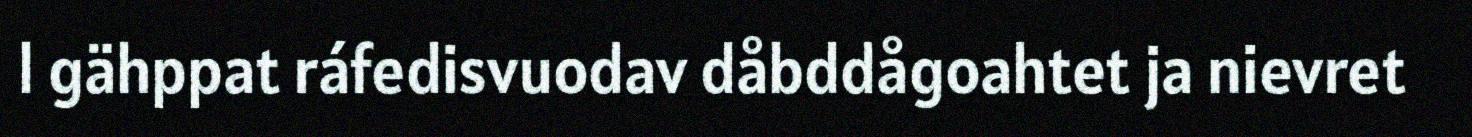
l gähppat ráfedisvuodav dåbddågoahtet ja nievret